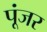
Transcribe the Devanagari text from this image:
पूंजर